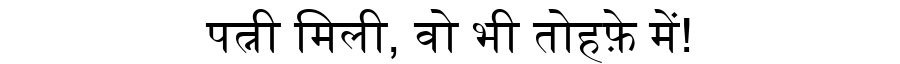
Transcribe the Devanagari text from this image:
पत्नी मिली, वो भी तोहफ़े में!